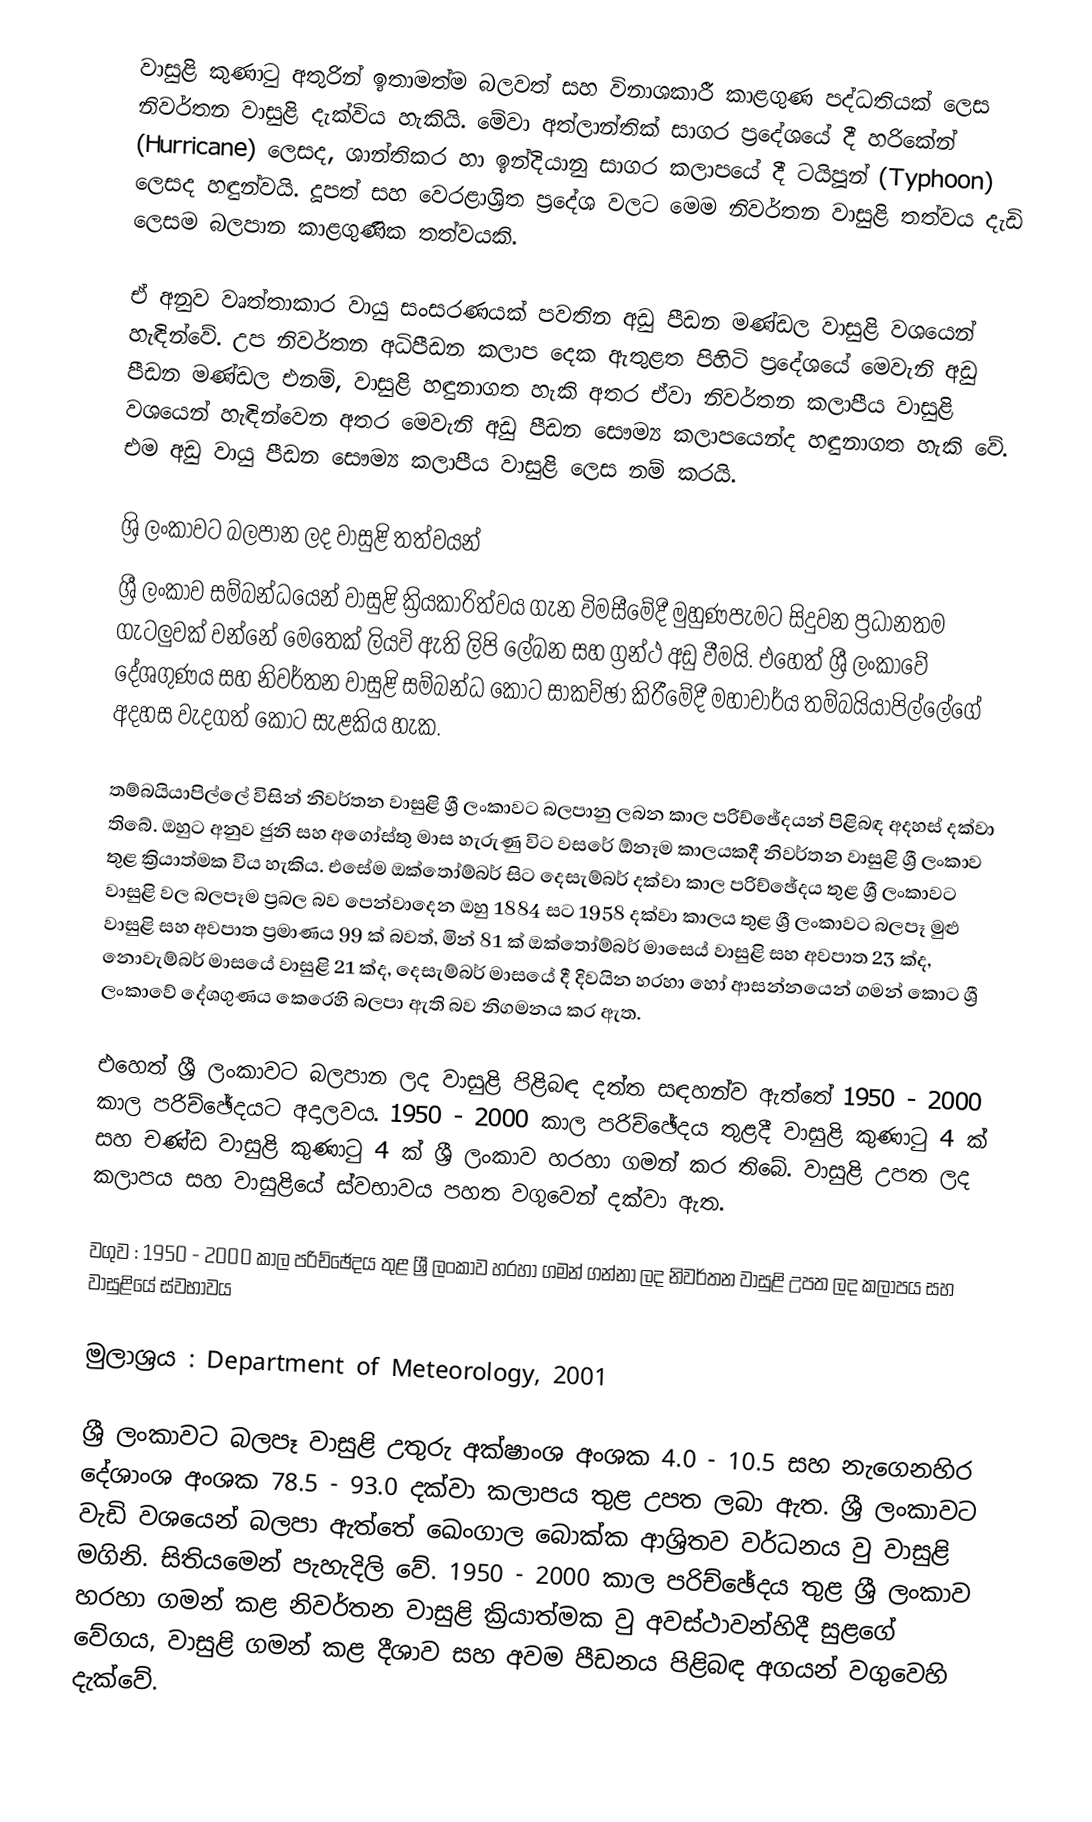
වාසුළි කුණාටු අතුරින් ඉතාමත්ම බලවත් සහ විනාශකාරී කාළගුණ පද්ධතියක් ලෙස නිවර්තන වාසුළි දැක්විය හැකියි. මේවා අත්ලාන්තික් සාගර ප්‍රදේශයේ දී හරිකේන් (Hurricane) ලෙසද, ශාන්තිකර හා ඉන්දියානු සාගර කලාපයේ දී ටයිපූන් (Typhoon) ලෙසද හඳුන්වයි. දූපත් සහ වෙරළාශ්‍රිත ප්‍රදේශ වලට මෙම නිවර්තන වාසුළි තත්වය දැඩි ලෙසම බලපාන කාළගුණික තත්වයකි.

ඒ අනුව වෘත්තාකාර වායු සංසරණයක් පවතින අඩු පීඩන මණ්ඩල වාසුළි වශයෙන් හැඳින්වේ. උප නිවර්තන අධිපීඩන කලාප දෙක ඇතුළත පිහිටි ප්‍රදේශයේ මෙවැනි අඩු පීඩන මණ්ඩල  එනම්, වාසුළි හඳුනාගත හැකි අතර ඒවා නිවර්තන කලාපීය වාසුළි වශයෙන් හැඳින්වෙන අතර මෙවැනි අඩු පීඩන සෞම්‍ය කලාපයෙන්ද හඳුනාගත හැකි වේ. එම අඩු වායු පීඩන සෞම්‍ය කලාපීය වාසුළි ලෙස නම් කරයි.

ශ්‍රි ලංකාවට බලපාන ලද වාසුළි තත්වයන්
ශ්‍රී ලංකාව සම්බන්ධයෙන් වාසුළි ක්‍රියකාරිත්වය ගැන විමසීමේදී මුහුණපැමට සිදුවන ප්‍රධානතම ගැටලුවක් වන්නේ මෙතෙක් ලියවි ඇති ලිපි ලේඛන සහ ග්‍රන්ථ අඩු වීමයි. එහෙත් ශ්‍රී ලංකාවේ දේශගුණය සහ නිවර්තන වාසුළි සම්බන්ධ කොට සාකච්ඡා කිරීමේදී මහාචාර්ය තම්බයියාපිල්ලේගේ අදහස වැදගත් කොට සැළකිය හැක.

තම්බයියාපිල්ලේ විසින් නිවර්තන වාසුළි ශ්‍රී ලංකාවට බලපානු ලබන කාල පරිච්ඡේදයන් පිළිබඳ අදහස් දක්වා තිබේ. ඔහුට අනුව ජුනි සහ අගෝස්තු මාස හැරුණු විට වසරේ ඕනෑම කාලයකදී නිවර්තන වාසුළි ශ්‍රී ලංකාව තුළ ක්‍රියාත්මක විය හැකිය. එසේම ඔක්තෝම්බර් සිට දෙසැම්බර් දක්වා කාල පරිච්ඡේදය තුළ ශ්‍රී ලංකාවට වාසුළි වල බලපෑම ප්‍රබල බව පෙන්වාදෙන ඔහු 1884 සට 1958 දක්වා කාලය තුළ ශ්‍රී ලංකාවට බලපෑ මුළු වාසුළි සහ අවපාත ප්‍රමාණය 99 ක් බවත්, මින් 81 ක් ඔක්තෝම්බර් මාසෙය් වාසුළි සහ අවපාත 23 ක්ද, නොවැම්බර් මාසයේ වාසුළි 21 ක්ද, දෙසැම්බර් මාසයේ දී දිවයින හරහා හෝ ආසන්නයෙන් ගමන් කොට ශ්‍රී ලංකාවේ දේශගුණය කෙරෙහි බලපා ඇති බව නිගමනය කර ඇත.

එහෙත් ශ්‍රී ලංකාවට බලපාන ලද වාසුළි පිළිබඳ දත්ත සඳහන්ව ඇත්තේ 1950 - 2000 කාල පරිච්ඡේදයට අදාලවය. 1950 - 2000 කාල පරිච්ඡේදය තුළදී වාසුළි කුණාටු 4 ක් සහ චණ්ඩ වාසුළි කුණාටු 4 ක් ශ්‍රී ලංකාව හරහා ගමන් කර තිබේ. වාසුළි උපත ලද කලාපය සහ වාසුළියේ ස්වභාවය පහත වගුවෙන් දක්වා ඇත.

වගුව : 1950 - 2000 කාල පරිච්ඡේදය තුළ ශ්‍රී ලංකාව හරහා ගමන් ගන්නා ලද නිවර්තන වාසුළි උපත ලද කලාපය සහ වාසුළියේ ස්වභාවය

මුලාශ්‍රය : Department of Meteorology, 2001

ශ්‍රී ලංකාවට බලපෑ වාසුළි උතුරු අක්ෂාංශ අංශක 4.0 - 10.5 සහ නැගෙනහිර දේශාංශ අංශක 78.5 - 93.0 දක්වා කලාපය තුළ උපත ලබා ඇත. ශ්‍රී ලංකාවට වැඩි වශයෙන් බලපා ඇත්තේ ඛෙංගාල බොක්ක ආශ්‍රිතව වර්ධනය වු වාසුළි මගිනි. සිතියමෙන් පැහැදිලි වේ. 1950 - 2000 කාල පරිච්ඡේදය තුළ ශ්‍රී ලංකාව හරහා ගමන් කළ නිවර්තන වාසුළි ක්‍රියාත්මක වු අවස්ථාවන්හිදී සුළගේ වේගය, වාසුළි ගමන් කළ දීශාව සහ අවම පීඩනය පිළිබඳ අගයන් වගුවෙහි දැක්වේ.